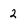
Character: 2